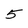
Character: 5